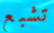
تشبع